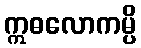
ဣဓလောကမ္ပိ